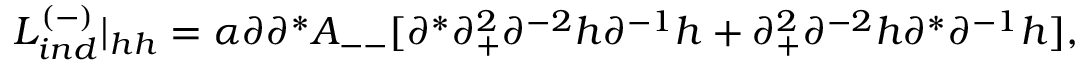
{ \cal L } _ { i n d } ^ { ( - ) } \vert _ { h h } = \alpha \partial \partial ^ { * } { \cal A } _ { -- } [ \partial ^ { * } \partial _ { + } ^ { 2 } \partial ^ { - 2 } h \partial ^ { - 1 } h + \partial _ { + } ^ { 2 } \partial ^ { - 2 } h \partial ^ { * } \partial ^ { - 1 } h ] ,